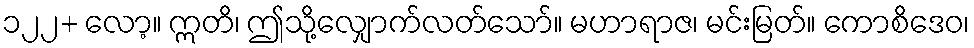
၁၂၂+ လော့။ ဣတိ၊ ဤသို့လျှောက်လတ်သော်။ မဟာရာဇ၊ မင်းမြတ်။ ကောစိဒေဝ၊